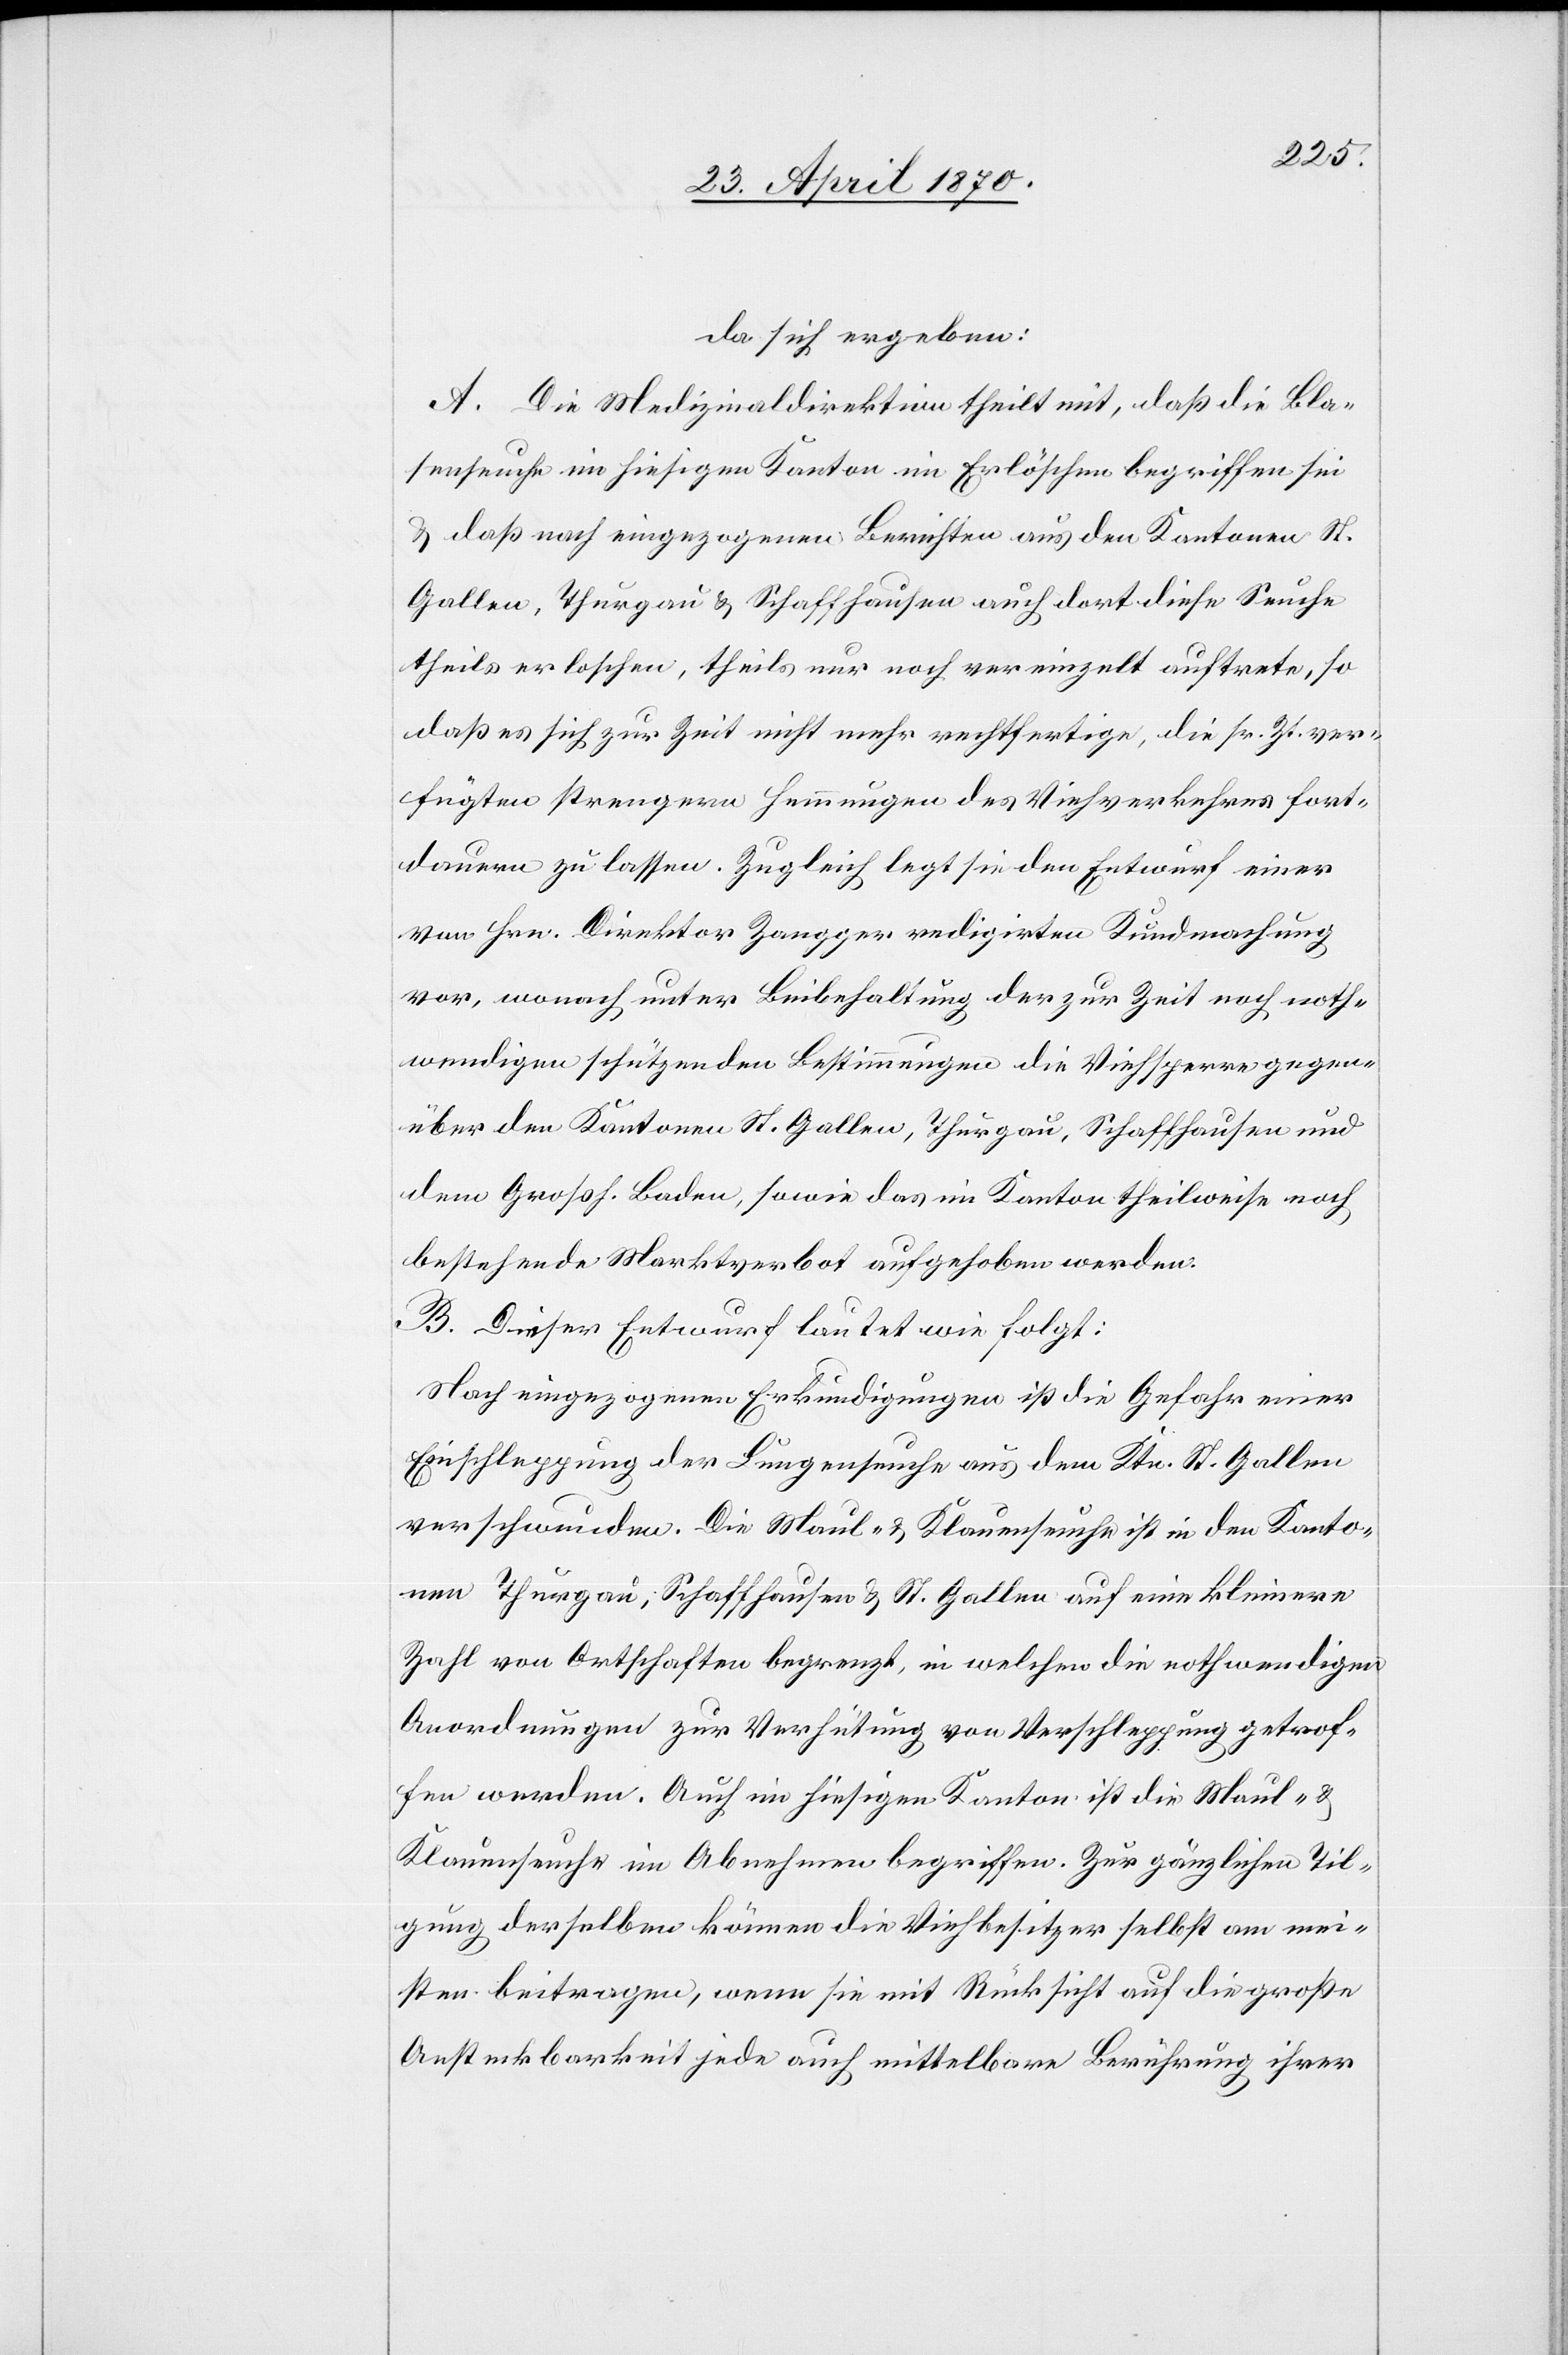
da sich ergeben:
A. Die Medizinaldirektion theilt mit, daß die Bla¬
senseuche im hiesigen Kanton im Erlöschen begriffen sei
& daß nach eingezogenen Berichten aus den Kantonen St.
Gallen, Thurgau & Schaffhausen auch dort diese Seuche
theils erloschen, theils nur noch vereinzelt auftrete, so
daß es sich zur Zeit nicht mehr rechtfertige, die sr. Zt. ver¬
fügten strengern Hemmungen des Viehverkehres fort¬
dauern zu lassen. Zugleich legt sie den Entwurf einer
von Hrn. Direktor Zangger redigirten Kundmachung
vor, wonach unter Beibehaltung der zur Zeit noch noth¬
wendigen schützenden Bestimmungen die Viehsperre gegen¬
über den Kantonen St. Gallen, Thurgau, Schaffhausen und
dem Großh. Baden, sowie das im Kanton theilweise noch
bestehende Marktverbot aufgehoben werden.
B. Dieser Entwurf lautet wie folgt:
Nach eingezogenen Erkundigungen ist die Gefahr einer
Einschleppung der Lungenseuche aus dem Ktn. St. Gallen
verschwunden. Die Maul- & Klauenseuche ist in den Kanto¬
nen Thurgau, Schaffhausen & St. Gallen auf eine kleinere
Zahl von Ortschaften begrenzt, in welchen die nothwendigen
Anordnungen zur Verhütung von Verschleppung getrof¬
fen werden. Auch im hiesigen Kanton ist die Maul- &
Klauenseuche im Abnehmen begriffen. Zur gänzlichen Til¬
gung derselben können die Viehbesitzer selbst am mei¬
sten beitragen, wenn sie mit Rücksicht auf die große
Ansteckbarkeit jede auch mittelbare Berührung ihrer